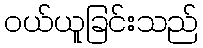
ဝယ်ယူခြင်းသည်